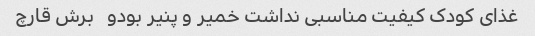
غذای کودک کیفیت مناسبی نداشت خمیر و پنیر بودو   برش قارچ